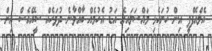
އެލްއެފްޕީ އިން ހުށަހެޅި މައްސަލައިގެ އަޑު އެހުމެއް ބާއްވާނެ ދުވަހެއް ސީއޭއެސް އިން